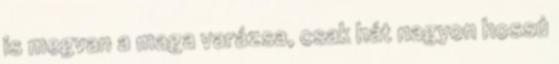
is megvan a maga varázsa, csak hát nagyon hossú